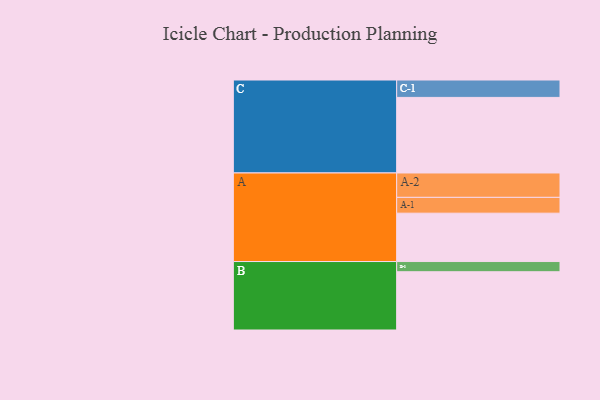
{"axis": {"x": "Segment", "y": "Value"}, "legend": ["", "A", "B", "C"], "data": [{"x": "A", "y": 361, "type": ""}, {"x": "B", "y": 435, "type": ""}, {"x": "C", "y": 564, "type": ""}, {"x": "A-1", "y": 118, "type": "A"}, {"x": "A-2", "y": 182, "type": "A"}, {"x": "B-1", "y": 76, "type": "B"}, {"x": "C-1", "y": 130, "type": "C"}]}